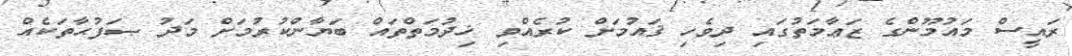
ރައީސް މައުމޫންގެ ޒަޢާމަތުގައި ދިވެހި ޤައުމަށް ކުރެއްވި ޚިދުމަތްތައް ބަޔާންކުރުމަށް މަދު ޞަފުޙާތަކެއް